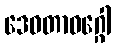
ဒေဝတာဝဂ္ဂေါ